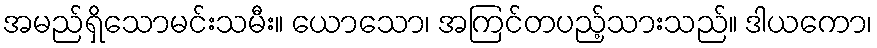
အမည်ရှိသောမင်းသမီး။ ယောသော၊ အကြင်တပည့်သားသည်။ ဒါယကော၊